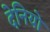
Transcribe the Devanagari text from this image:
देनियो